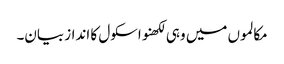
مکالموں میں وہی لکھنو اسکول کا انداز بیان۔